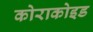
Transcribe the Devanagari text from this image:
कोराकोइड